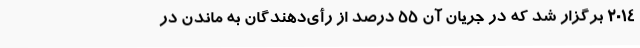
۲۰۱۴ برگزار شد که در جریان آن ۵۵ درصد از رأی‌دهندگان به ماندن در